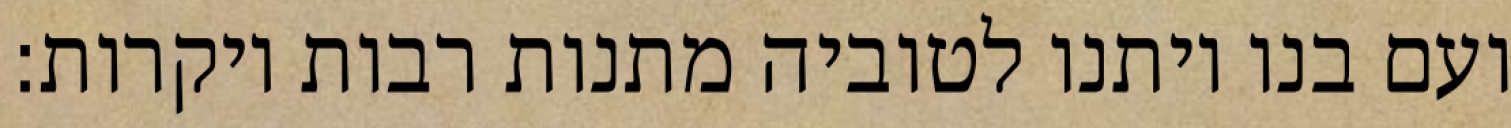
ועם בנו ויתנו לטוביה מתנות רבות ויקרות: